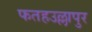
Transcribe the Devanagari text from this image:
फतहउल्लापुर